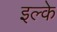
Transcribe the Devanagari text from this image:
इल्के